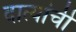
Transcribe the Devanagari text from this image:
दात्यांची